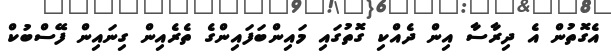
އެގޮތުން އެ ދިރާސާ އިން ދެއްކި ގޮތުގައި މައިންބަފައިންގެ ތެރެއިން ގިނައިން ފޭސްބުކް